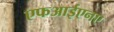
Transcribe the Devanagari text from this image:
एफआईएनए